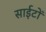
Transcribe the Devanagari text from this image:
साईटों